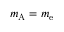
m _ { \mathrm { A } } = m _ { \mathrm { e } }